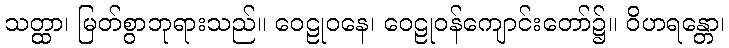
သတ္ထာ၊ မြတ်စွာဘုရားသည်။ ဝေဠုဝနေ၊ ဝေဠုဝန်ကျောင်းတော်၌။ ဝိဟရန္တော၊